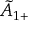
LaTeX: { \tilde { A } } _ { 1 + }